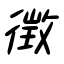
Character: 徴